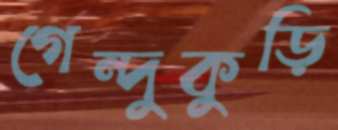
গেন্দুকুড়ি